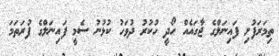
ތިމަރަފުށި ފައިނަލްގެ ޖާގައެއް ހޯދީ ހުކުރު ދުވަހު ކުޅުނު ސެމީ ފައިނަލްގެ ފުރަތަމަ